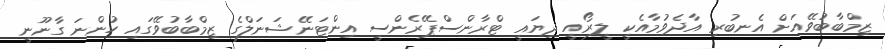
ޒިމްބާބުވޭއަށް އެނބުރި އާދެވުމާއެކީ ލީރޯއީ ދިޔައީ ޓްރާންސްޕޭރެންސީ އިންޓަނޭޝަނަލްގެ ޒިމްބާބުވޭގައި ހުންނަ ގާނޫނީ